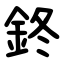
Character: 鉖